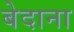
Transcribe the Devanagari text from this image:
बेदाना